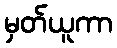
မှတ်ယူကာ